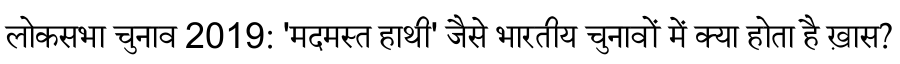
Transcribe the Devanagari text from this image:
लोकसभा चुनाव 2019: 'मदमस्त हाथी' जैसे भारतीय चुनावों में क्या होता है ख़ास?